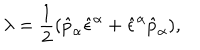
LaTeX: \lambda = \frac { 1 } { 2 } ( \hat { p } _ { \alpha } \hat { \epsilon } ^ { \alpha } + \hat { \epsilon } ^ { \alpha } \hat { p } _ { \alpha } ) ,